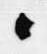
候